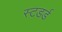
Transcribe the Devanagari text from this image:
स्टडर्ड